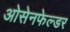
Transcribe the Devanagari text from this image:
ओसेनफेल्डर